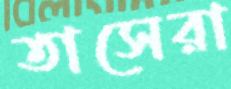
তাসেরা